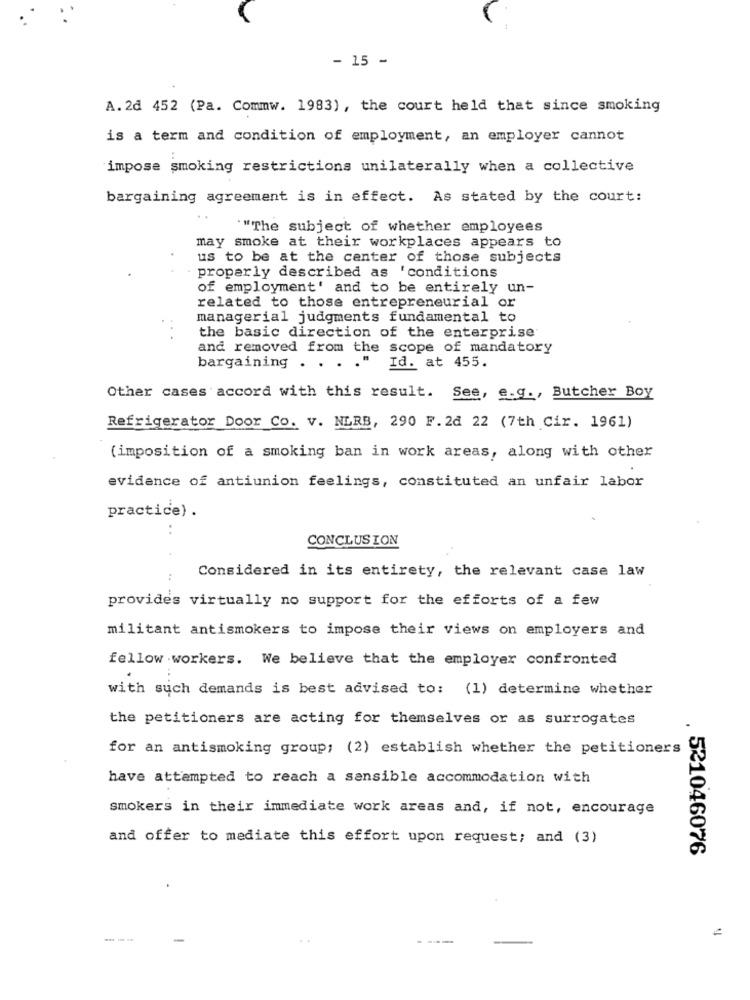
- 15 -
A. 2d 452 (Pa. Commw. 1983) , the court held that since smoking
is a term and condition of employment, an employer cannot
impose smoking restrictions unilaterally when a collective
bargaining agreement is in effect. As stated by the court:
""The subject of whether employees
may smoke at their workplaces appears to
us to be at the center of those subjects
properly described as 'conditions
of employment' and to be entirely un-
related to those entrepreneurial or
managerial judgments fundamental to
the basic direction of the enterprise
and removed from the scope of mandatory
bargaining . .
Id. at 455.
Other cases accord with this result. See, e.g ., Butcher Boy
Refrigerator Door Co. v. NLRB, 290 F. 2d 22 (7th Cir. 1961)
(imposition of a smoking ban in work areas, along with other
evidence of antiunion feelings, constituted an unfair labor
practice) .
CONCLUSION
Considered in its entirety, the relevant case law
provides virtually no support for the efforts of a few
militant antismokers to impose their views on employers and
fellow workers. We believe that the employer confronted
with such demands is best advised to: (1) determine whether
the petitioners are acting for themselves or as surrogates
for an antismoking group; (2) establish whether the petitioners
have attempted to reach a sensible accommodation with
smokers in their immediate work areas and, if not, encourage
and offer to mediate this effort upon request; and (3)
. 521046076
---